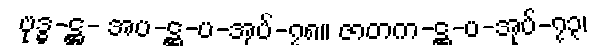
ဗုဒ္ဓ-ဋ္ဌ- အပ-ဋ္ဌ-ပ-အုပ်-၇၈။ ဇာတက-ဋ္ဌ-ပ-အုပ်-၇၃၊